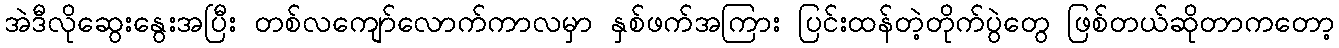
အဲဒီလိုဆွေးနွေးအပြီး တစ်လကျော်လောက်ကာလမှာ နှစ်ဖက်အကြား ပြင်းထန်တဲ့တိုက်ပွဲတွေ ဖြစ်တယ်ဆိုတာကတော့